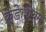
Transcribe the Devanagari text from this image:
क्रेडेशियम